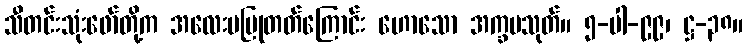
သီတင်းသုံးဖော်တို့က အလေးမပြုတတ်ကြောင်း ဟောသော အက္ခမသုတ်။ ၅-ပါ-၉၉၊ ဋ္ဌ-၃၈။